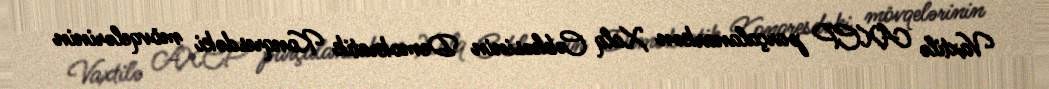
Vaxtilə AXCP parçalanarkən Xalq Cəbhəsinin Demokratik Konqresdəki mövqelərinin